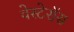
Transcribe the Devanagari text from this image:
वेस्टेरॉस